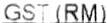
GST (RM)